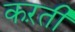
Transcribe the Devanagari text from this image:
कऱती